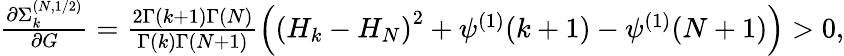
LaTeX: \begin{array}{r}{\frac{\partial\Sigma_{k}^{(N,1/2)}}{\partial G}=\frac{2\Gamma(k+1)\Gamma(N)}{\Gamma(k)\Gamma(N+1)}\left(\left(H_{k}-H_{N}\right)^{2}+\psi^{(1)}(k+1)-\psi^{(1)}(N+1)\right)>0,}\end{array}